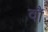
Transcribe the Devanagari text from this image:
वॉै